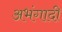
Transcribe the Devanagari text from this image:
अभंगादी